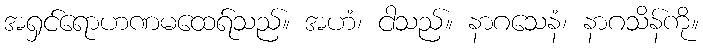
အရှင်ရောဟဏမထေရ်သည်။ အဟံ၊ ငါသည်။ နာဂသေနံ၊ နာဂသိန်ကို။